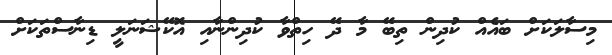
މިސާލަކަށް ބައެއް ކުދިން ތިބޭ މާ ދޭ ހިތްވާ ކުދިންނާއި އޮކޭޝަނަލީ ޑިނާސްތަކަށް